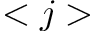
< j >